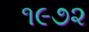
૧૯૭૨